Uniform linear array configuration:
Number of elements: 24
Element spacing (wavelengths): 1
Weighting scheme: hamming
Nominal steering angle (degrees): -45
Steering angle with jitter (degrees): -45.879
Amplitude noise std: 0.05
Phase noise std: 0.05

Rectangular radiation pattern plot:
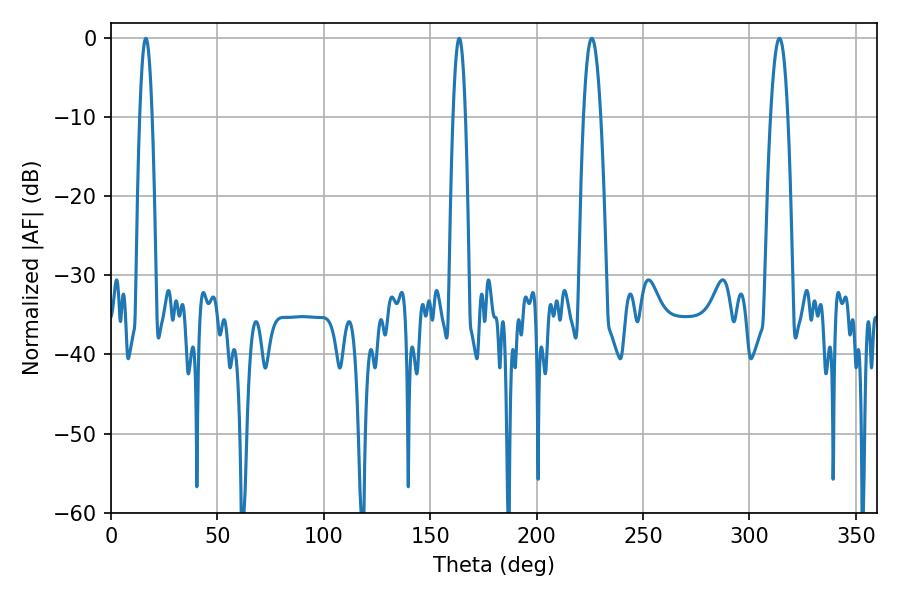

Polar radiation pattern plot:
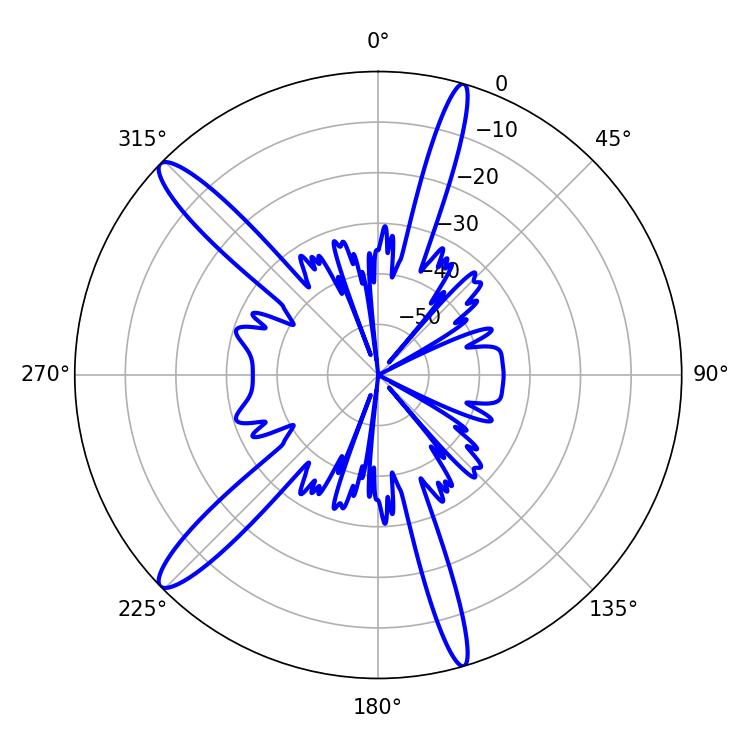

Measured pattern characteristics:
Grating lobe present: TRUE
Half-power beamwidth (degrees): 4.5
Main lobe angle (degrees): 225.9